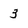
Character: 3